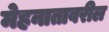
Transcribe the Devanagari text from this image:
मेहनातावरील